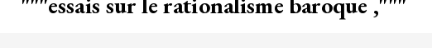
"""essais sur le rationalisme baroque ,"""